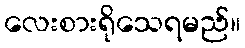
လေးစားရိုသေရမည်။